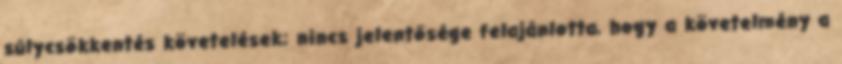
súlycsökkentés követelések; nincs jelentősége felajánlotta, hogy a követelmény a